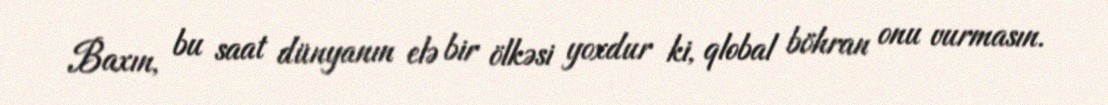
Baxın, bu saat dünyanın elə bir ölkəsi yoxdur ki, qlobal böhran onu vurmasın.